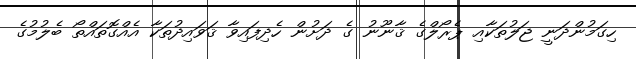
ހިގަމުންދަނީ ޖަލުތަކާއި ޕެރޯލްގެ ޤާނޫނު ގެ ދަށުން ހެދިފައިވާ ޤަވައިދުތަކާ އެއްގޮތައްތޯ ބެލުމުގެ